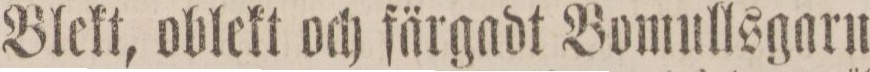
Blekt, oblekt och färgadt Bomullsgarn